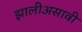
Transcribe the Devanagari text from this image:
झालीअसावी